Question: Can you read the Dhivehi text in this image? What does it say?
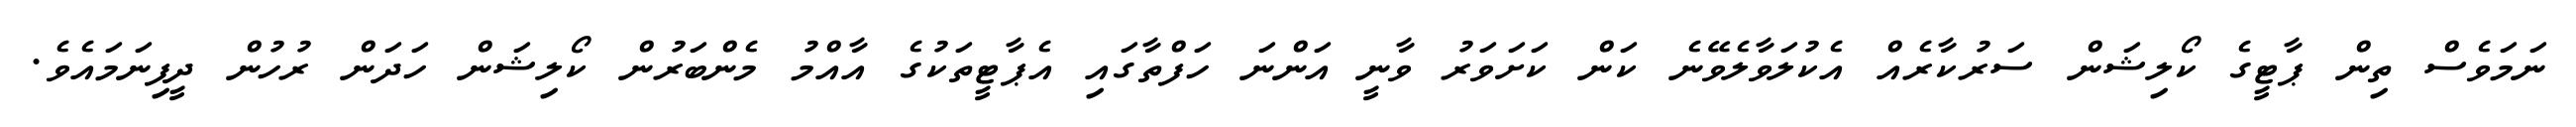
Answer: ނަމަވެސް ތިން ޕާޓީގެ ކޯލިޝަން ސަރުކާރެއް އެކުލަވާލެވޭނެ ކަން ކަށަވަރު ވާނީ އަންނަ ހަފްތާގައި އެޕާޓީތަކުގެ އާއްމު މެންބަރުން ކޯލިޝަން ހަދަން ރުހުން ދީފިނަމައެވެ.